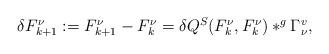
LaTeX: \begin{align*}\begin{array}{ll}\delta F^{\nu}_{k+1}:=F^{\nu}_{k+1}-F^{\nu}_{k}=\delta Q^S(F^{\nu}_{k},F^{\nu}_{k})\ast^g \Gamma^v_{\nu},\end{array}\end{align*}